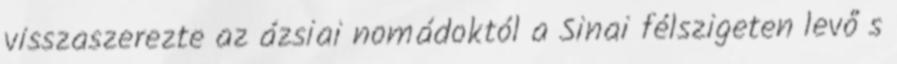
visszaszerezte az ázsiai nomádoktól a Sinai félszigeten levő s